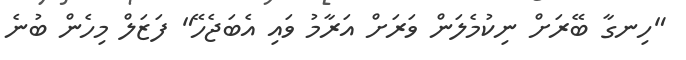
"ހިނގާ ބޭރަށް ނިކުމެލަން ވަރަށް އަރާމު ވައި އެބަޖެހޭ" ފަޒަލް މިހެން ބުނެ